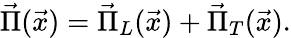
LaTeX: \vec{\Pi}(\vec{x})=\vec{\Pi}_{L}(\vec{x})+\vec{\Pi}_{T}(\vec{x}).